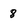
Character: 8